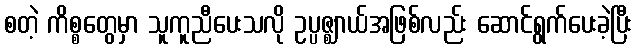
စတဲ့ ကိစ္စတွေမှာ သူကူညီပေးသလို ဥပ္ပဇ္ဈာယ်အဖြစ်လည်း ဆောင်ရွက်ပေးခဲ့ပြီး